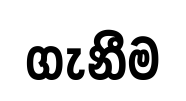
ගැනීම